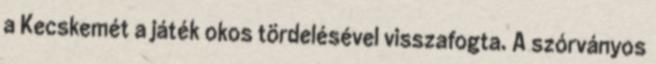
a Kecskemét a játék okos tördelésével visszafogta. A szórványos